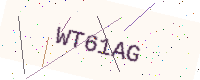
Text: WT61AG